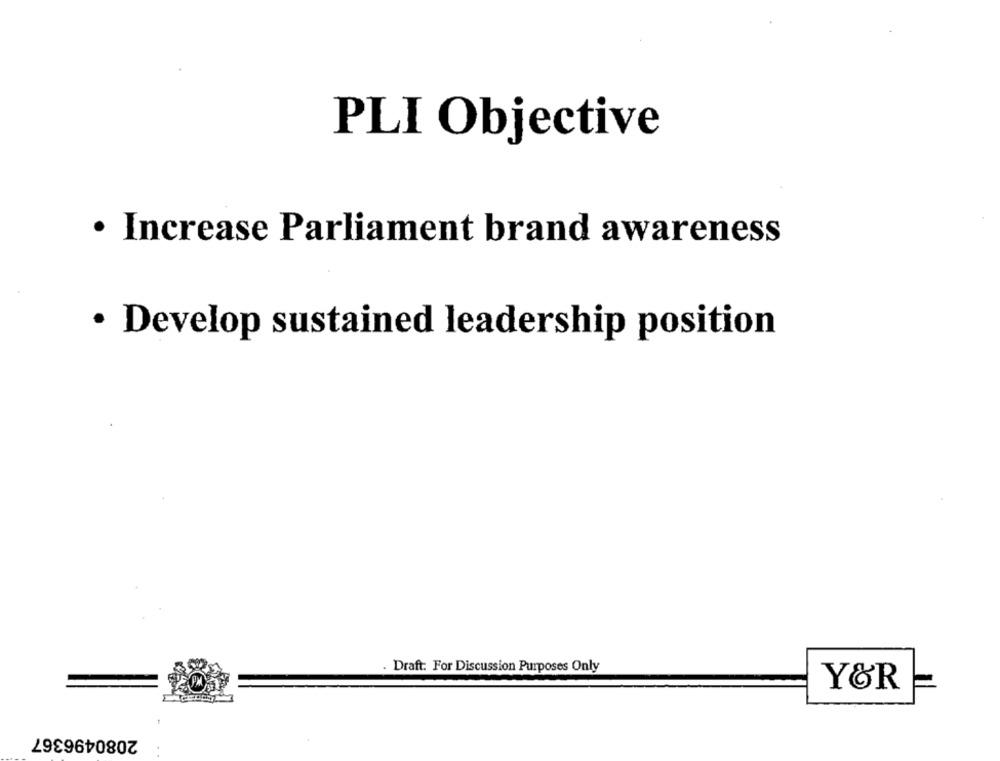
PLI Objective
· Increase Parliament brand awareness
· Develop sustained leadership position
Draft. For Discussion Purposes Only
YÖR
2080496367